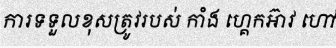
ការទទួលខុសត្រូវរបស់ កាំង ហ្គេកអ៊ាវ ហៅ